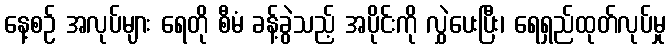
နေ့စဉ် အလုပ်များ ရေတို စီမံ ခန့်ခွဲသည့် အပိုင်းကို လွှဲပေးပြီး၊ ရေရှည်ထုတ်လုပ်မှု